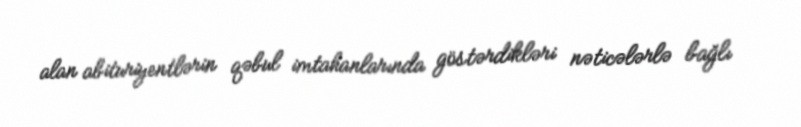
alan abituriyentlərin qəbul imtahanlarında göstərdikləri nəticələrlə bağlı